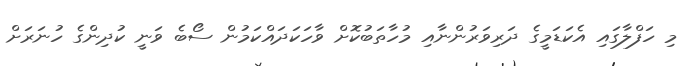
މި ހަފްލާގައި އެކަޑަމީގެ ދަރިވަރުންނާއި މުހާތަބުކޮށް ވާހަކަދައްކަމުން ސޯބެ ވަނީ ކުދިންގެ ހުނަރަށް